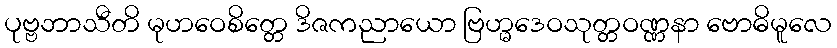
ပုဗ္ဗဘာသီတိ မုဟဝေစိတ္တေ ဒိဇကညာယော ဗြဟ္မဒေဝသုတ္တဝဏ္ဏနာ ဗောဓိမူလေ